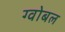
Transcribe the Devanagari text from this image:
ग्वोबल